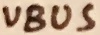
Text: VBUS